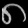
Digit: ၈